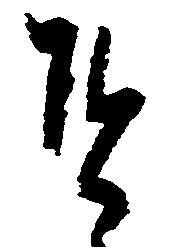
そ